system: You are a helpful assistant.
user:
Analyze the provided spectrum to determine if it is a **M-type Giant (gM)**.

A M-type Giant spectrum is defined by its **strong molecular absorption** features, particularly from **Titanium Oxide (TiO)**. You must check for one of the following mutually exclusive signatures:

- **Key Visual Indicators (Absorption-Dominated Spectrum):**

    - **(Primary):** The spectrum is dominated by strong molecular absorption from **Titanium Oxide (TiO)**. This is the **defining feature** of its M-type temperature class.
        - **(Key Bandheads):** Look for sharp, "saw-tooth" absorption valleys. The strongest are located near **~7050 Å**, **~6160 Å**, and **~5170 Å**.
        - **(Line Profile):** The "saw-tooth" morphology is critical: a **sharp, steep drop on the BLUE (short-wavelength) side** of the bandhead, followed by a gradual recovery (rising flux) towards the RED (long-wavelength) side.

    - **(Key Confirmation - Giant vs. Dwarf):** **ABSENCE** of strong **Calcium Hydride (CaH)** molecular bands. This is the primary diagnostic for *excluding* M-dwarfs.
        - **(Key Region):** The spectrum should lack the strong, broad absorption band seen in dwarfs between **~6800 Å and ~7000 Å**.

    - **(Secondary Confirmation - Giant):** A very strong and broad **Neutral Calcium (Ca I)** atomic absorption line.
        - **(Key Line):** Located at **~4226 Å**. In a giant (gM), this line is significantly deeper and broader than the same line in an M-dwarf (dM) due to low surface gravity.

    - **(Overall Spectrum):**
        - The continuum is **extremely red-sloping** (i.e., flux is very low in the blue and rises dramatically towards the red).
        - The entire spectrum appears "chopped up" by the deep TiO bands.

Think first, call **spectral_visualization_tool** if needed to examine features in detail, then provide your final answer. Your response must adhere to the following strict rules:
1.  **Overall Structure:** Your response must follow the format `<think>...</think> <tool_call>...</tool_call> (if a tool is used) <answer>...</answer>`.
2.  **Tool Usage Constraint:** You may only make **one** tool call per turn.
3.  **Final Answer Format:** In the `<answer>` tag, your conclusion must be inside a `\boxed{}` command (e.g., `\boxed{YES}` or `\boxed{NO}`), followed by your justification.

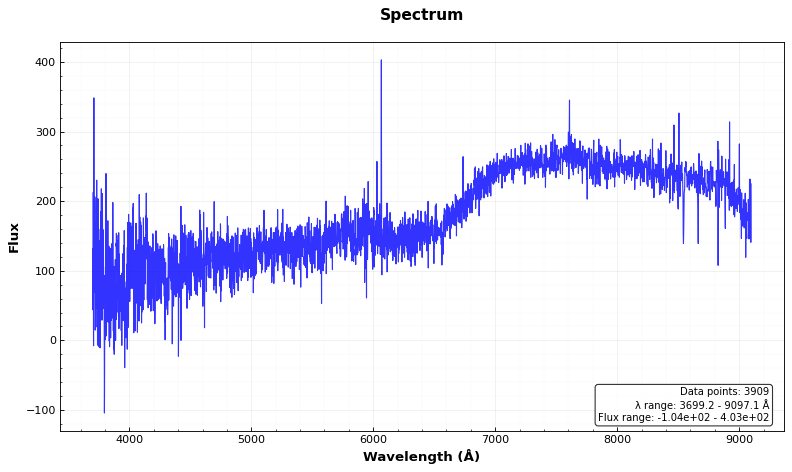
Answer: NO